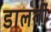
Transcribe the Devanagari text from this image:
डालतीं